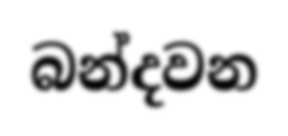
බන්දවන